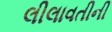
લીલાવતીની